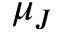
\mu _ { J }